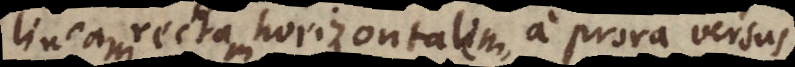
lineam rectam horizontalem, a prora versus